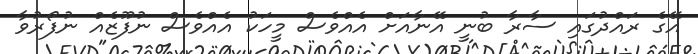
އޭގެ ރައްދުގައި ސާރާ ބުނީ އޭނާއަށް އެއްވެސް މީހަކު އެއްވެސް ނުފޫޒެއް ނުފޯރުވާ